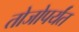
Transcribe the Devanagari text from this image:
तोजोपर्यंत